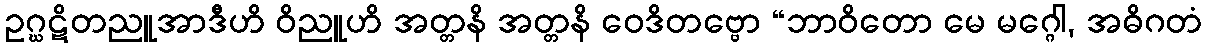
ဥဂ္ဃဋိတညူအာဒီဟိ ဝိညူဟိ အတ္တနိ အတ္တနိ ဝေဒိတဗ္ဗော “ဘာဝိတော မေ မဂ္ဂေါ, အဓိဂတံ